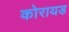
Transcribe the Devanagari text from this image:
कोरायड